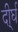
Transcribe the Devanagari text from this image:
दी्र्घ